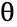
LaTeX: \uptheta